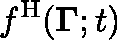
f ^ { \mathrm { H } } ( { \mathbf { \Gamma } } ; t )